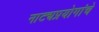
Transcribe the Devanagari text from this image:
नाट्यप्रयोगांचे